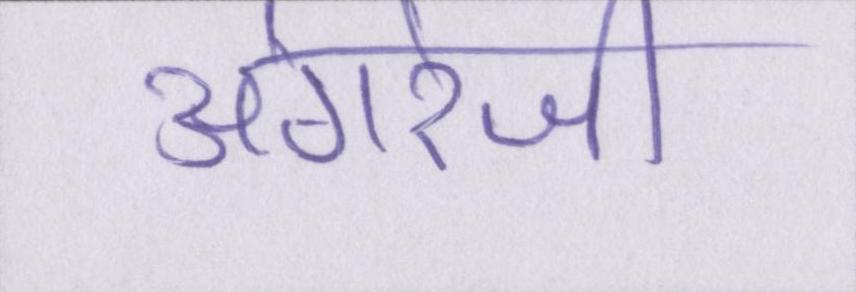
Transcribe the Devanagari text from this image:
अंगरेजी